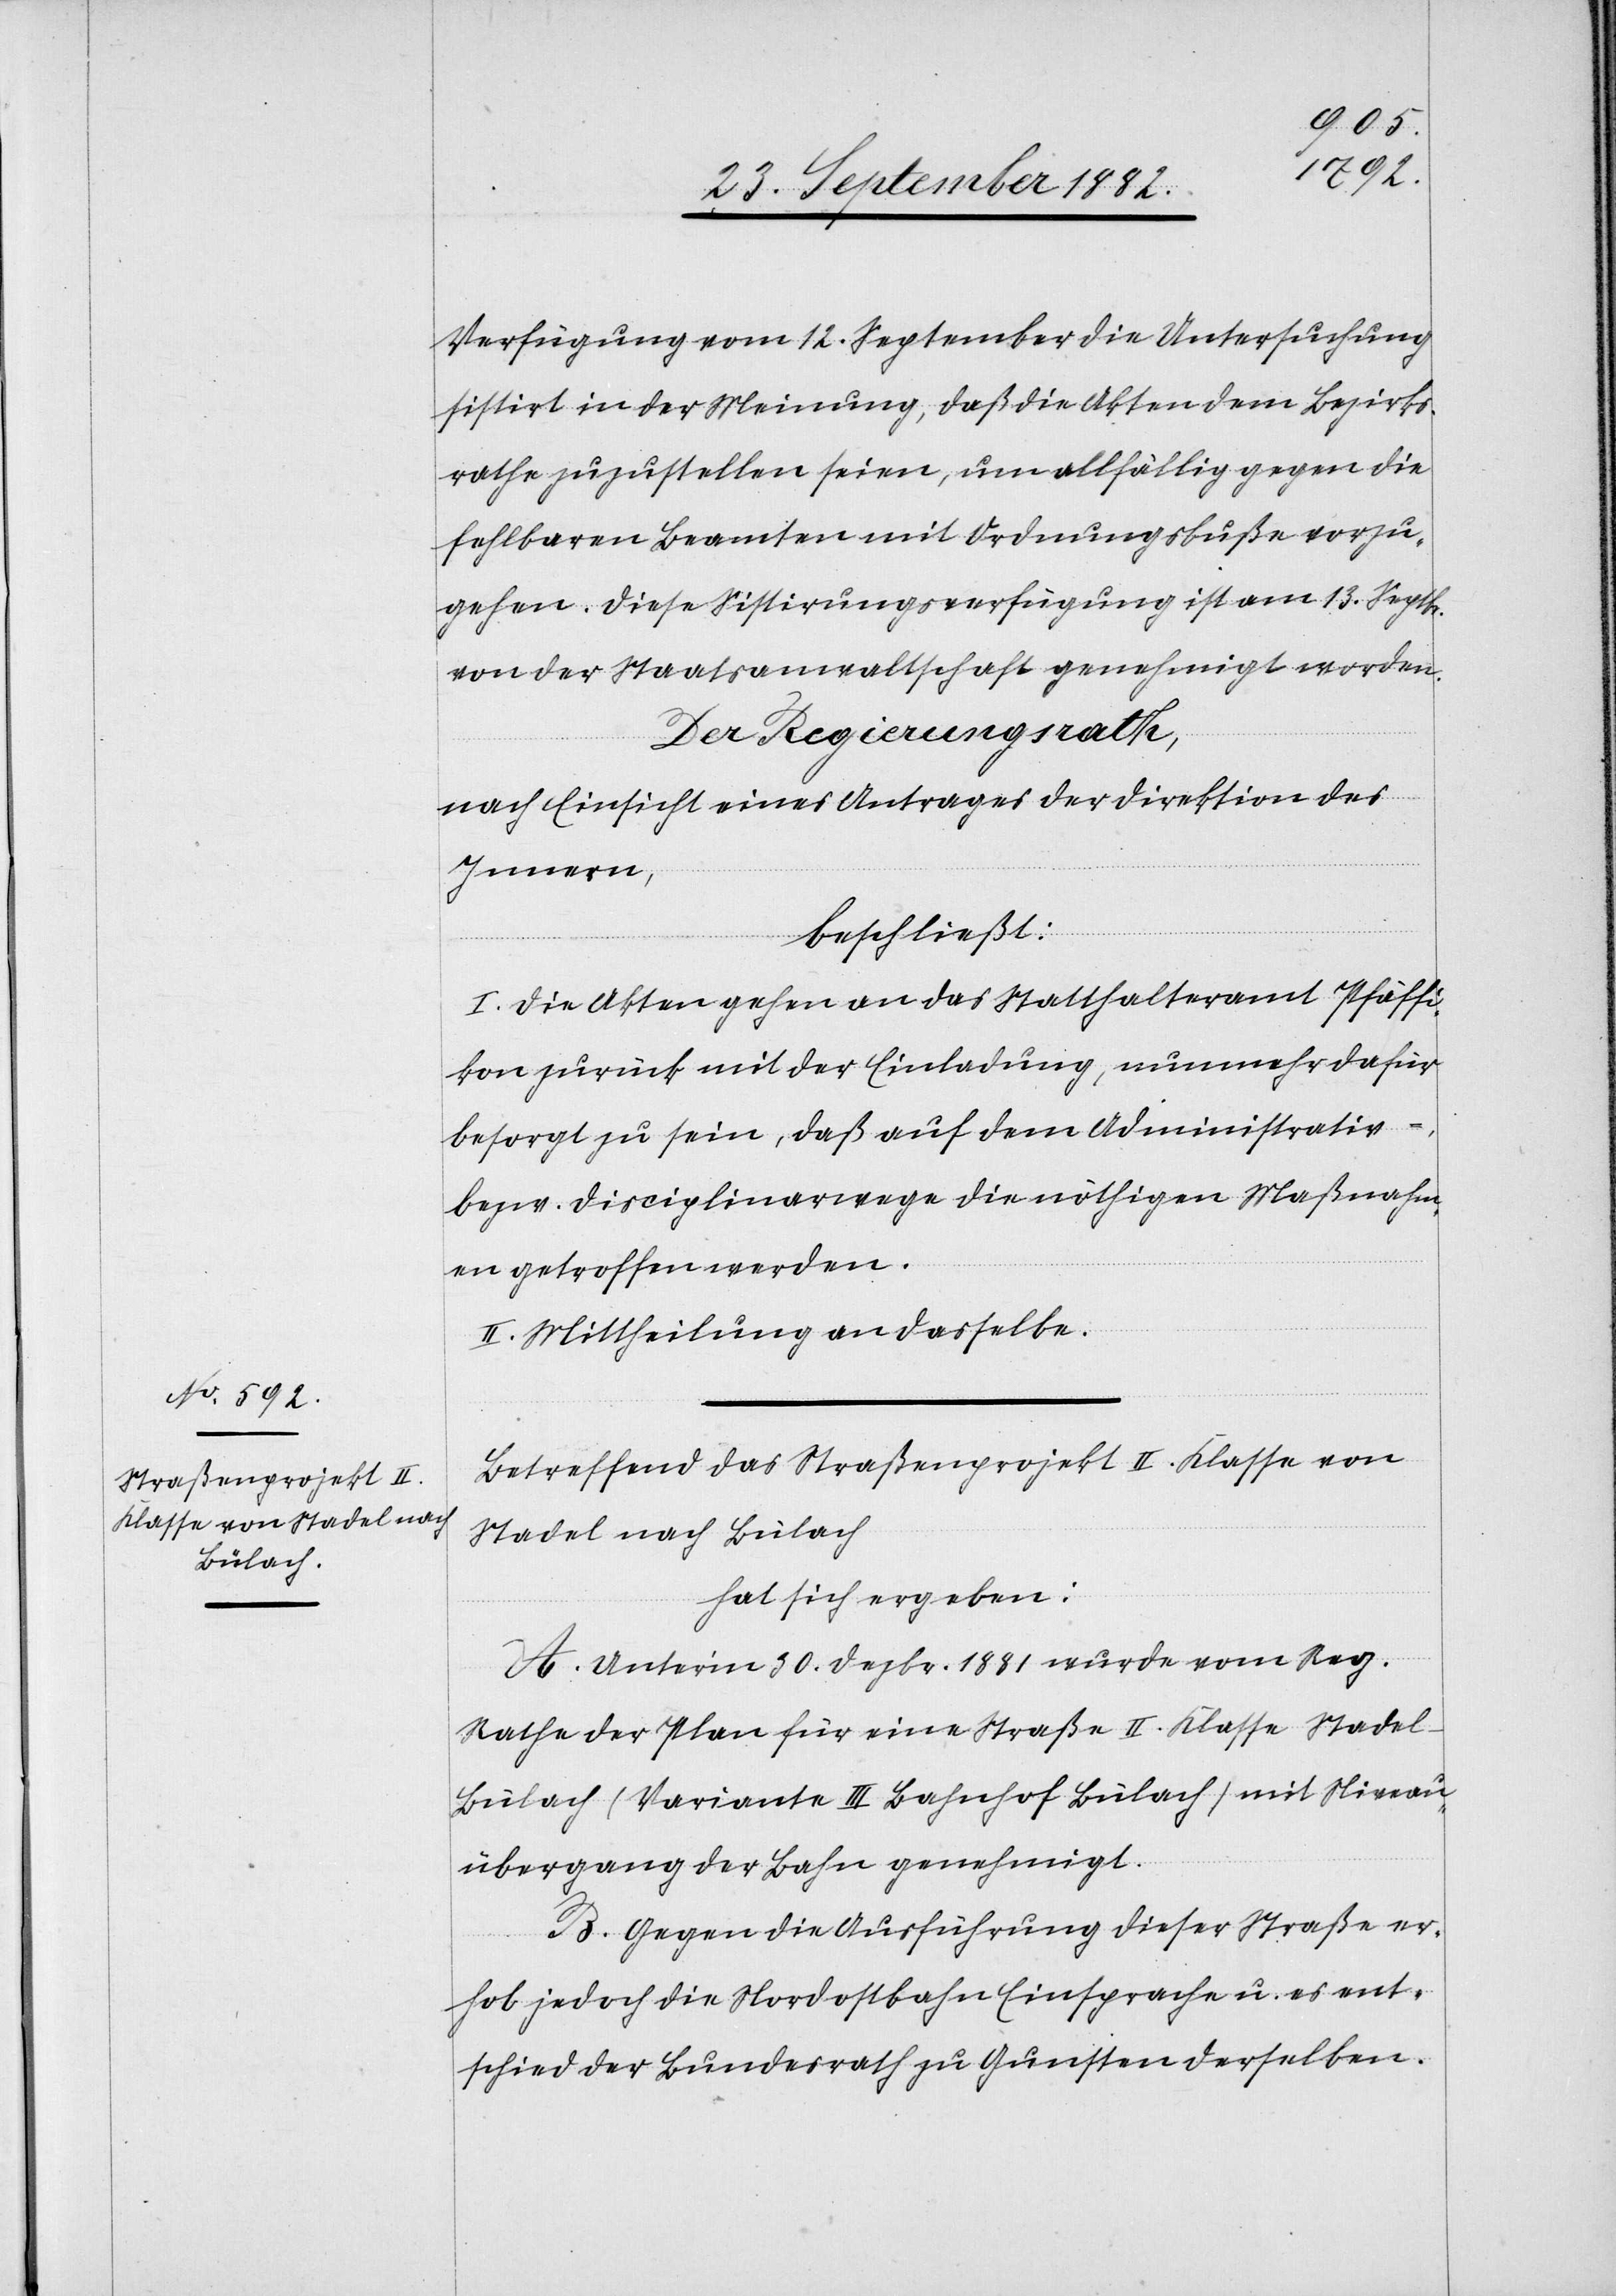
Verfügung vom 12. September die Untersuchung
sistirt in der Meinung, daß die Akten dem Bezirks¬
rathe zuzustellen seien, um allfällig gegen die
fehlbaren Beamten mit Ordnungsbuße vorzu¬
gehen. Diese Sistirungsverfügung ist am 13. Septbr.
von der Staatsanwaltschaft genehmigt worden.
Der Regierungsrath,
nach Einsicht eines Antrages der Direktion des
Innern,
beschließt:
I. Die Akten gehen an das Statthalteramt Pfäffi¬
kon zurück mit der Einladung, nunmehr
besorgt zu sein, daß auf dem Administrativ-
bezw. Disciplinarwege die nöthigen Maßnahm¬
en getroffen werden.
II. Mittheilung an dasselbe.
Betreffend das Straßenprojekt II. Klasse von
Stadel nach Bülach
hat sich ergeben:
A. Unter’m 30. Dezbr. 1881 wurde vom Reg.
Rathe der Plan für eine Straße II. Klasse Stadel–B¬
ülach (Variante III Bahnhof Bülach) mit Niveau¬
übergang der Bahn genehmigt.
B. Gegen die Ausführung dieser Straße er¬
hob jedoch die Nordostbahn Einsprache u. es ent¬
schied der Bundesrath zu Gunsten derselben.